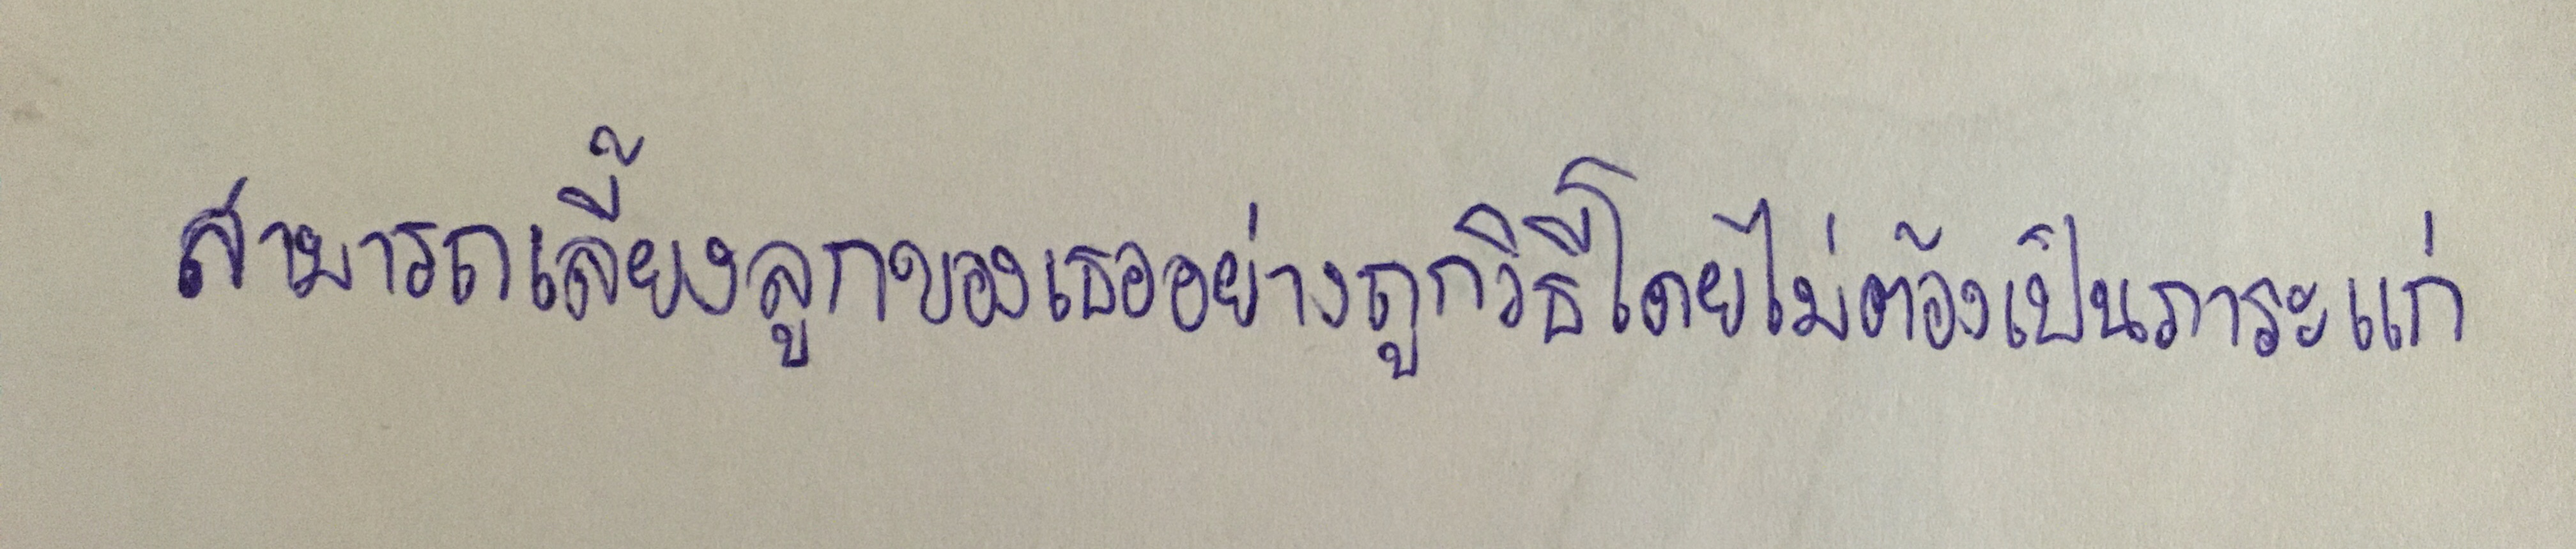
สามารถเลี้ยงลูกของเธออย่างถูกวิธีโดยไม่ต้องเป็นภาระแก่